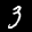
Label: 3